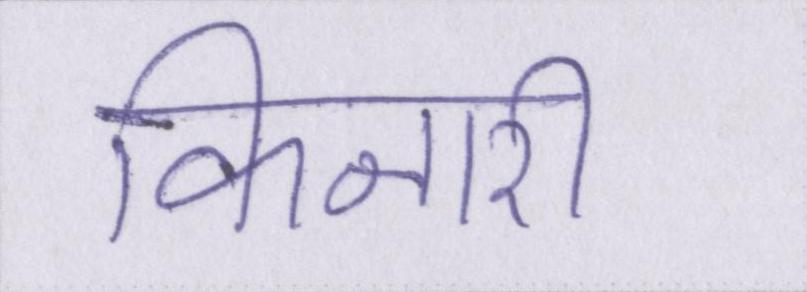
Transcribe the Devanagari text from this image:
किनारी